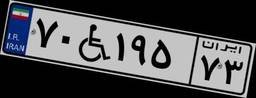
۷۰W۱۹۵۷۳